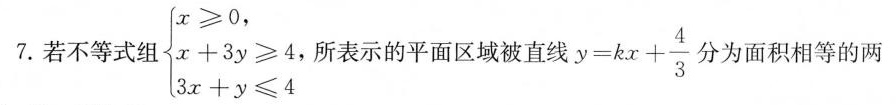
7.若不等式组 $$\left \ { \begin {matrix} x \geq 0, \\ x + 3 y \geq 4, \\ 3 x +